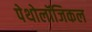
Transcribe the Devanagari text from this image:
पेथोलॉजिकल